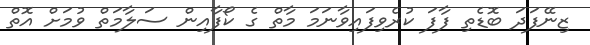
ޒިނޭފަދަ ބޮޑެތި ފާފަ ކުރެވިފައިވާނަމަ މާތް ގެ ކޯފާއިން ސަލާމަތް ވުމަށް އޮތް